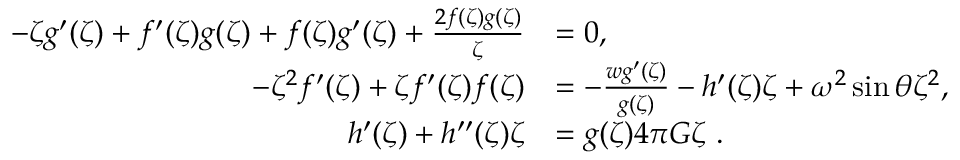
\begin{array} { r l } { - \zeta g ^ { \prime } ( \zeta ) + f ^ { \prime } ( \zeta ) g ( \zeta ) + f ( \zeta ) g ^ { \prime } ( \zeta ) + \frac { 2 f ( \zeta ) g ( \zeta ) } { \zeta } } & { = 0 , } \\ { - \zeta ^ { 2 } f ^ { \prime } ( \zeta ) + \zeta f ^ { \prime } ( \zeta ) f ( \zeta ) } & { = - \frac { w g ^ { \prime } ( \zeta ) } { g ( \zeta ) } - h ^ { \prime } ( \zeta ) \zeta + \omega ^ { 2 } \sin \theta \zeta ^ { 2 } , } \\ { h ^ { \prime } ( \zeta ) + h ^ { \prime \prime } ( \zeta ) \zeta } & { = g ( \zeta ) 4 \pi G \zeta \ . } \end{array}